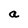
Character: a